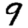
Digit: 9